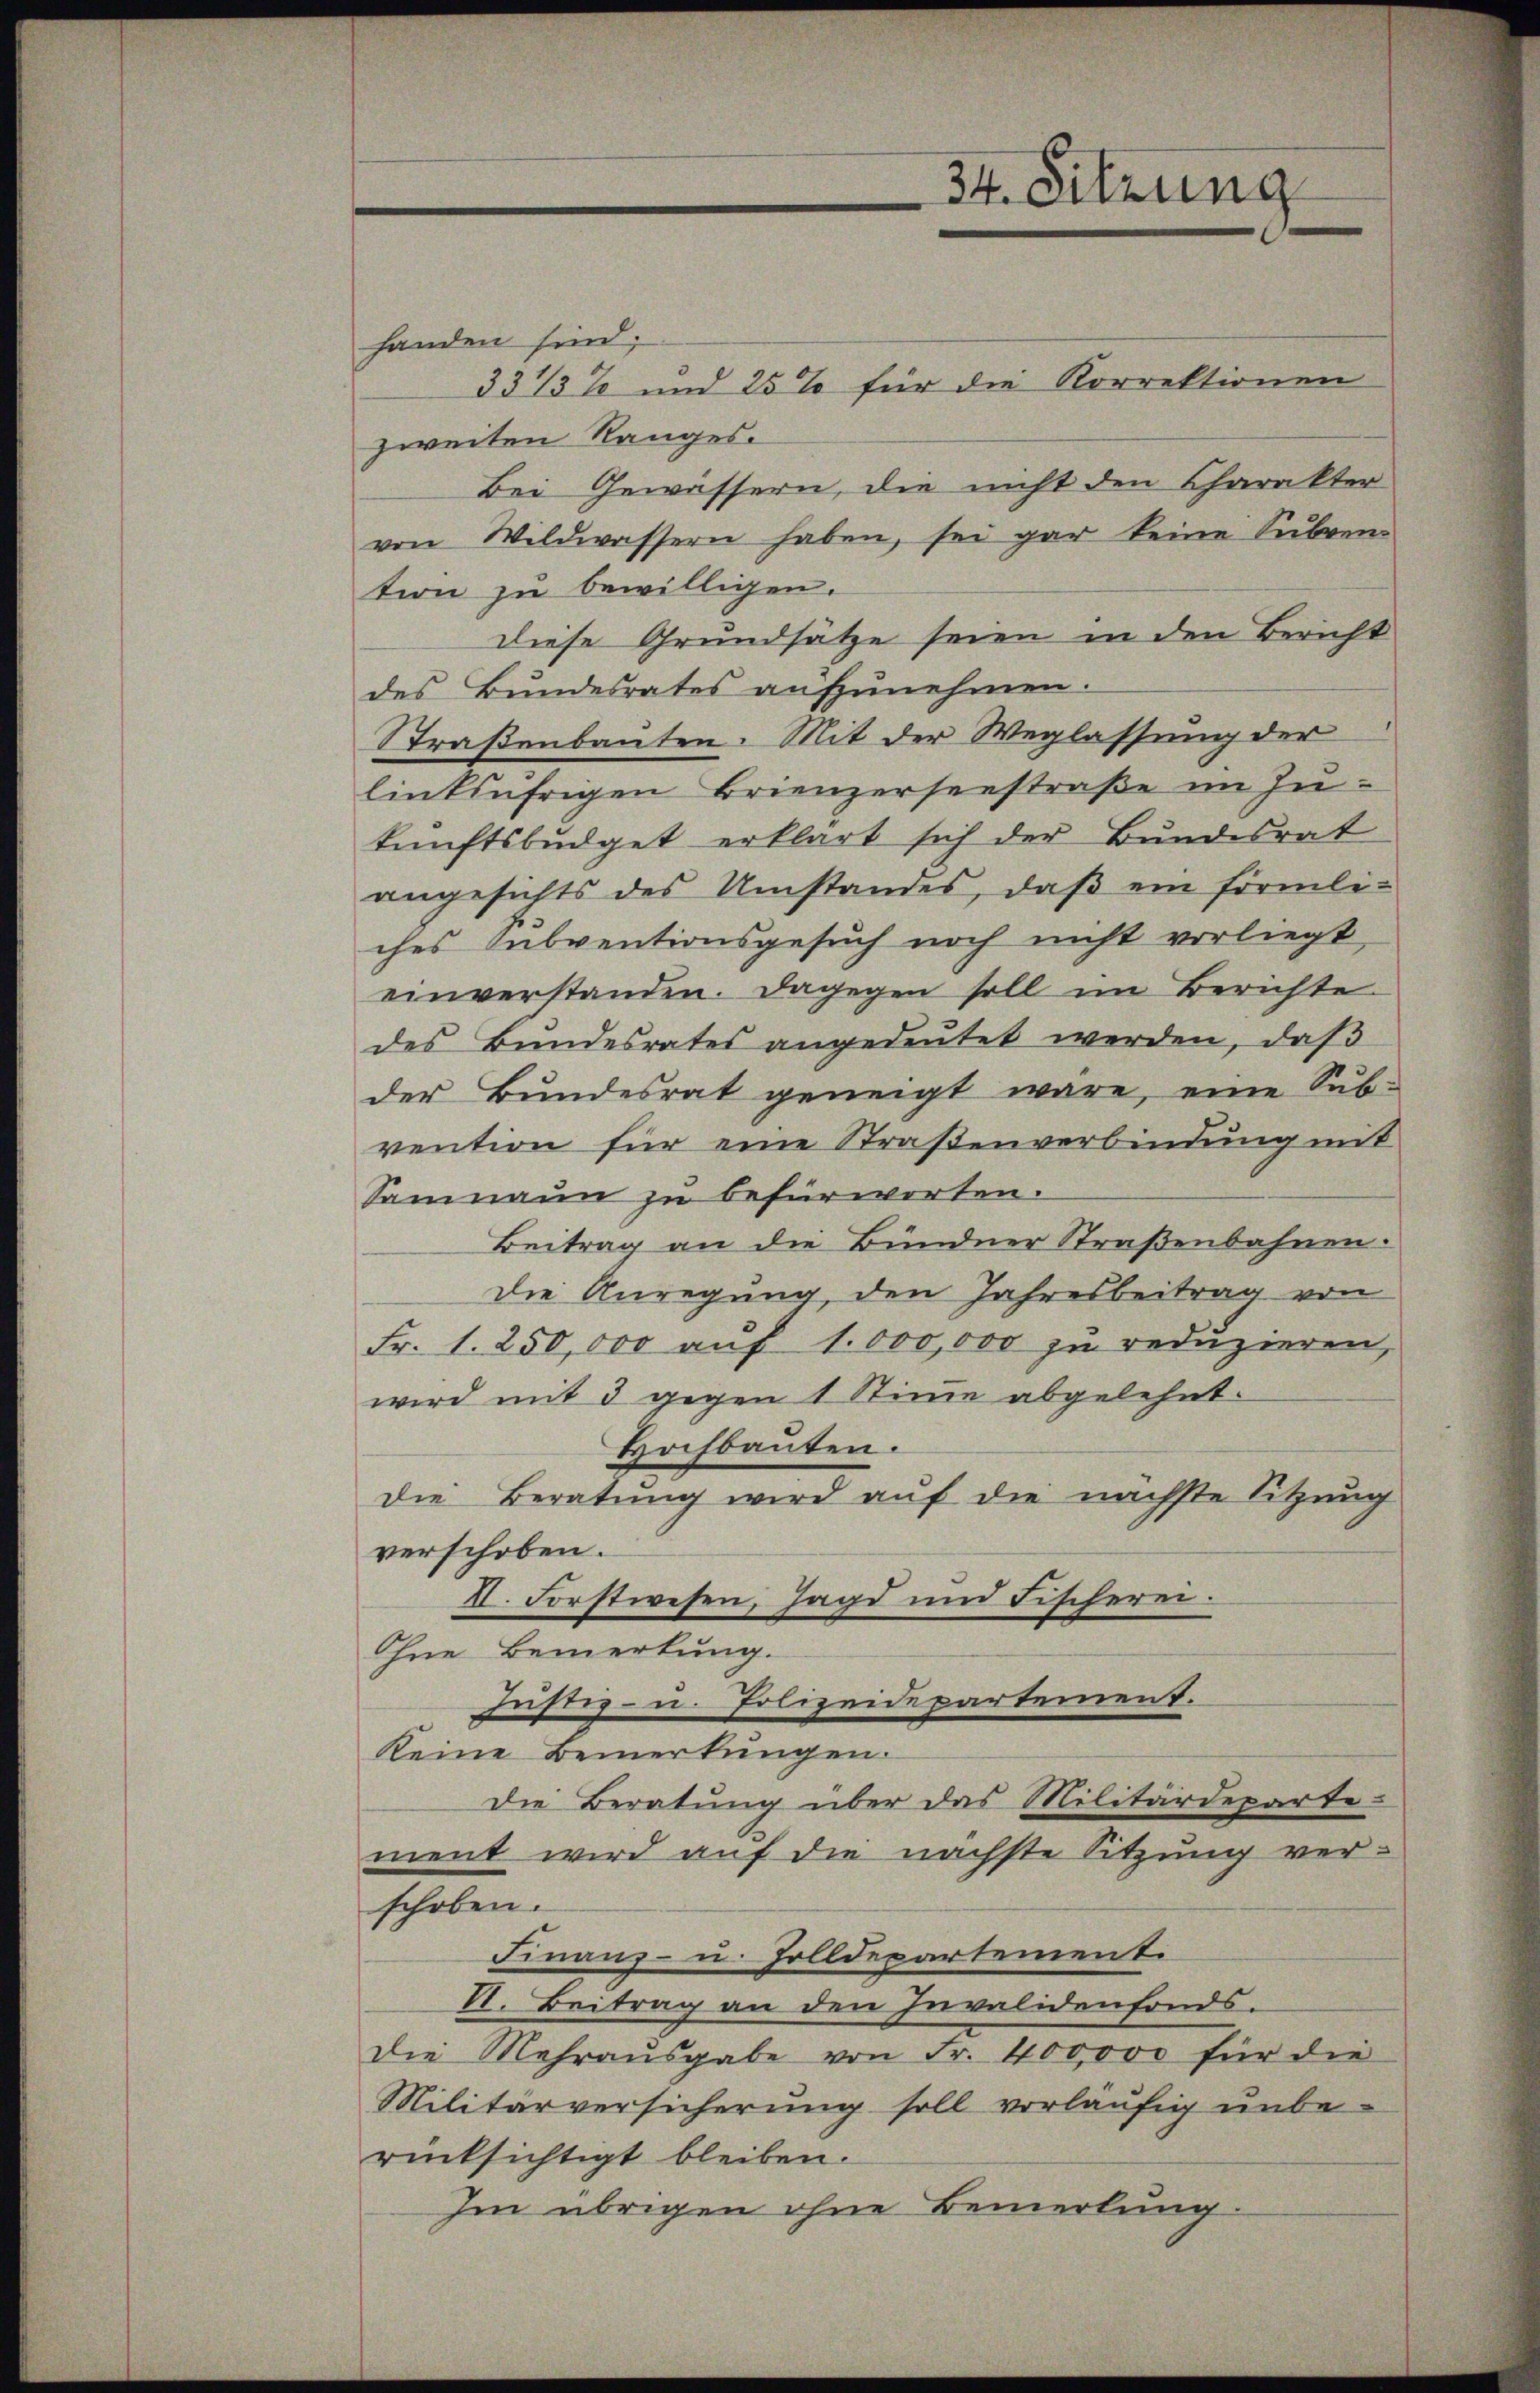
handen sind;
331/3% und 25% für die Korrektionen
zweiten Ranges.
Bei Gewässern, die nicht den Charakter
von Wildwassern haben, sei gar keine Suben-
tion zu bewilligen.
Diese Grundsätze seien in den Bericht
des Bundesrates aŭfzŭnehmen.
Straßenbauten. Mit der Weglassung der
linksufrigen Brienzerseestraße im Zu-
kŭnftsbŭdget erklärt sich der Bundesrat
angesichts des Umstandes, daβ ein förmliches Subventionsgesuch noch nicht vorliegt
einverstanden. Dagegen soll im Berichte
des Bŭndesrates angedeŭtet werden, daβ
der Bundesrat geneigt wäre, eine Sub-
vention für eine Straßenverbindung mit
Samnaun zu befürworten.
Beitrag an die Bündner Straßenbahnen.
Die Anregung, den Jahresbeitrag von
Fr. 1. 250,000 aŭf 1000,000 zu reduzieren,
wird mit 3 gegen 1 Stimme abgelehnt.
Hochbauten.
die Beratung wird auf die nächste Sitzung
verschoben.
II. Forstwesen, Jagd und Fischerei.
Ohne Bemerkung.
Justiz- u. Polizeidepartement.
keine Bemerkungen.
Die Beratung über das Militärdeparte-
ment wird auf die nächste Sitzung ver-
schoben.
Finanz- u. Zolldepartement.
VI. Beitrag an den Invalidenfonds.
Die Mehraŭsgabe von Fr. 400,000 für die
Militärversicherung soll vorläufig unberücksichtigt bleiben.
Im übrigen ohne Bemerkung

34. Sitzung